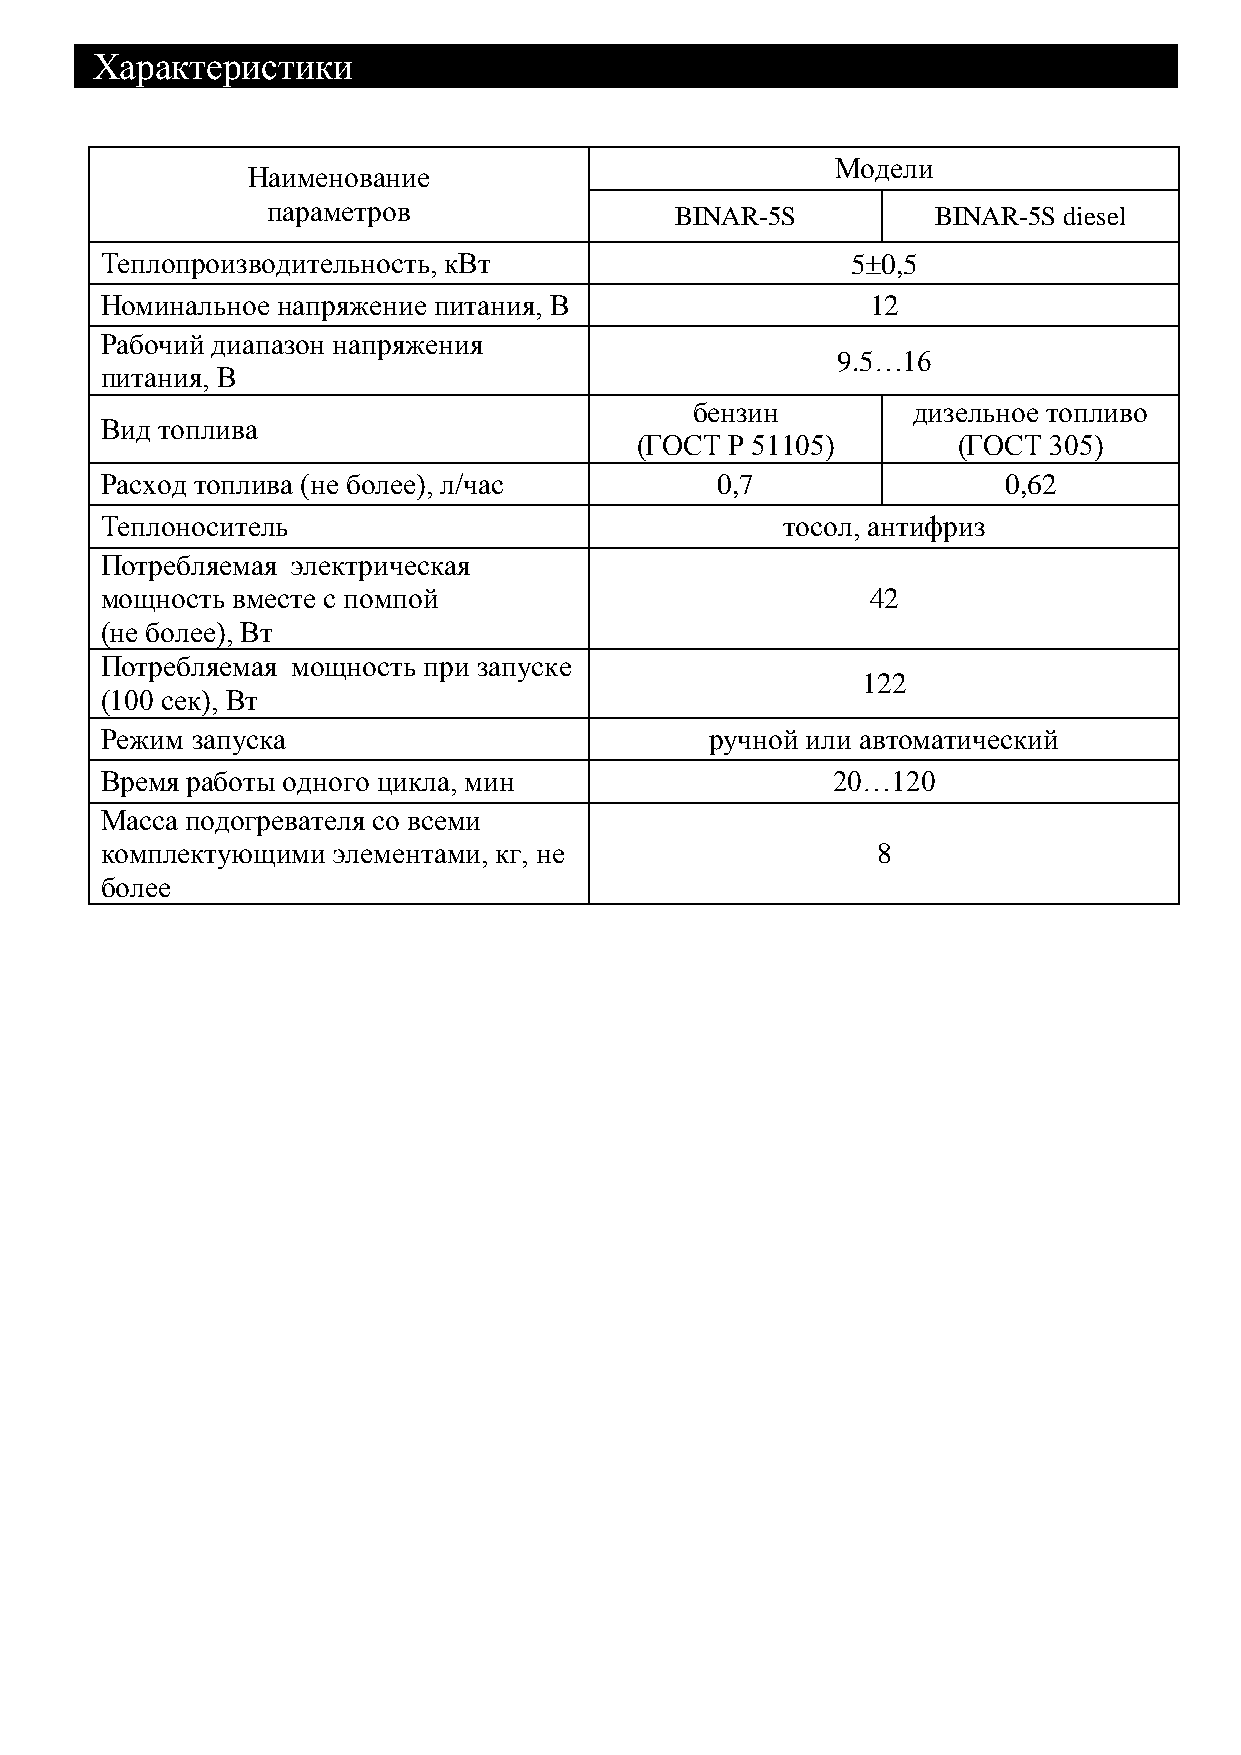
Характеристики                                                         .
 Модели
 Наименование
 параметров                 BINAR-5S         BINAR-5S diesel
 Теплопроизводительность, кВт                     50,5
 Номинальное напряжение питания, В                  12
 Рабочий диапазон напряжения
 9.5…16
 питания, В
 бензин        дизельное топливо
 Вид топлива
 (ГОСТ Р 51105)       (ГОСТ 305)
 Расход топлива (не более), л/час        0,7                 0,62
 Теплоноситель                                тосол, антифриз
 Потребляемая электрическая
 мощность вместе с помпой                           42
 (не более), Вт
 Потребляемая мощность при запуске
 122
 (100 сек), Вт
 Режим запуска                           ручной или автоматический
 Время работы одного цикла, мин                  20…120
 Масса подогревателя со всеми
 комплектующими элементами, кг, не                  8
 более